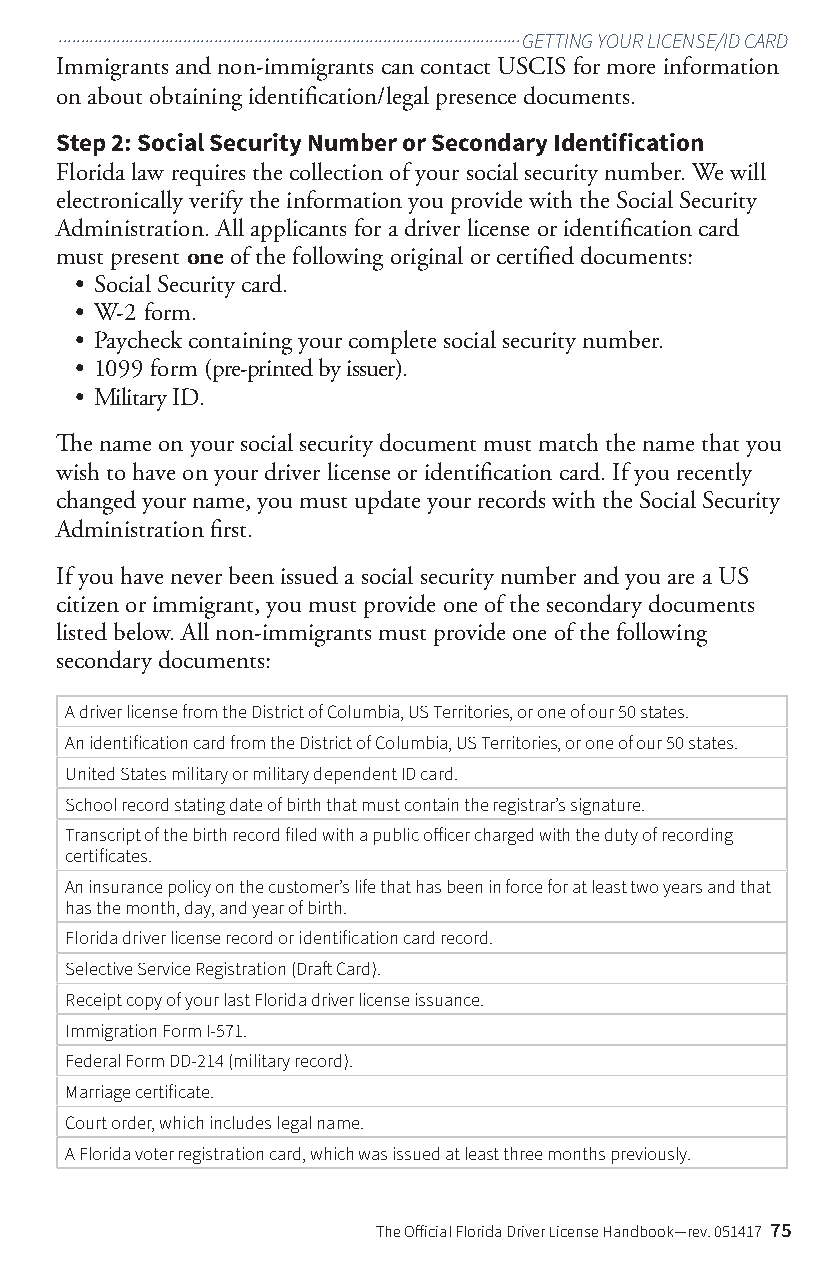
........................................................................................................GETTING YOUR LICENSE/ID CARD
 Immigrants and non-immigrants can contact USCIS for more information
 on about obtaining identification/legal presence documents.
 Step 2: Social Security Number or Secondary Identification
 Florida law requires the collection of your social security number. We will
 electronically verify the information you provide with the Social Security
 Administration. All applicants for a driver license or identification card
 must present one of the following original or certified documents:
 • Social Security card.
 • W-2 form.
 • Paycheck containing your complete social security number.
 • 1099 form (pre-printed by issuer).
 • Military ID.
 The name on your social security document must match the name that you
 wish to have on your driver license or identification card. If you recently
 changed your name, you must update your records with the Social Security
 Administration first.
 If you have never been issued a social security number and you are a US
 citizen or immigrant, you must provide one of the secondary documents
 listed below. All non-immigrants must provide one of the following
 secondary documents:
 A driver license from the District of Columbia, US Territories, or one of our 50 states.
 An identification card from the District of Columbia, US Territories, or one of our 50 states.
 United States military or military dependent ID card.
 School record stating date of birth that must contain the registrar’s signature.
 Transcript of the birth record filed with a public officer charged with the duty of recording
 certificates.
 An insurance policy on the customer’s life that has been in force for at least two years and that
 has the month, day, and year of birth.
 Florida driver license record or identification card record.
 Selective Service Registration (Draft Card).
 Receipt copy of your last Florida driver license issuance.
 Immigration Form I-571.
 Federal Form DD-214 (military record).
 Marriage certificate.
 Court order, which includes legal name.
 A Florida voter registration card, which was issued at least three months previously.
 The Official Florida Driver License Handbook—rev. 051417 75